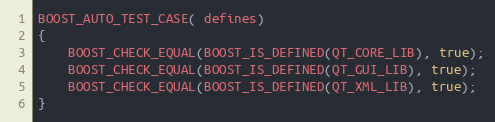
Language: C++
BOOST_AUTO_TEST_CASE( defines)
{
    BOOST_CHECK_EQUAL(BOOST_IS_DEFINED(QT_CORE_LIB), true);
    BOOST_CHECK_EQUAL(BOOST_IS_DEFINED(QT_GUI_LIB), true);
    BOOST_CHECK_EQUAL(BOOST_IS_DEFINED(QT_XML_LIB), true);
}